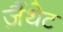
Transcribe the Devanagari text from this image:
ज़ैंथेट